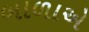
બાળાએ